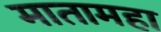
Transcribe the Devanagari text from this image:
मातामहा